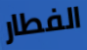
الفطار